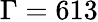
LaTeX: \Gamma=613